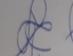
Signature authenticity: genuine